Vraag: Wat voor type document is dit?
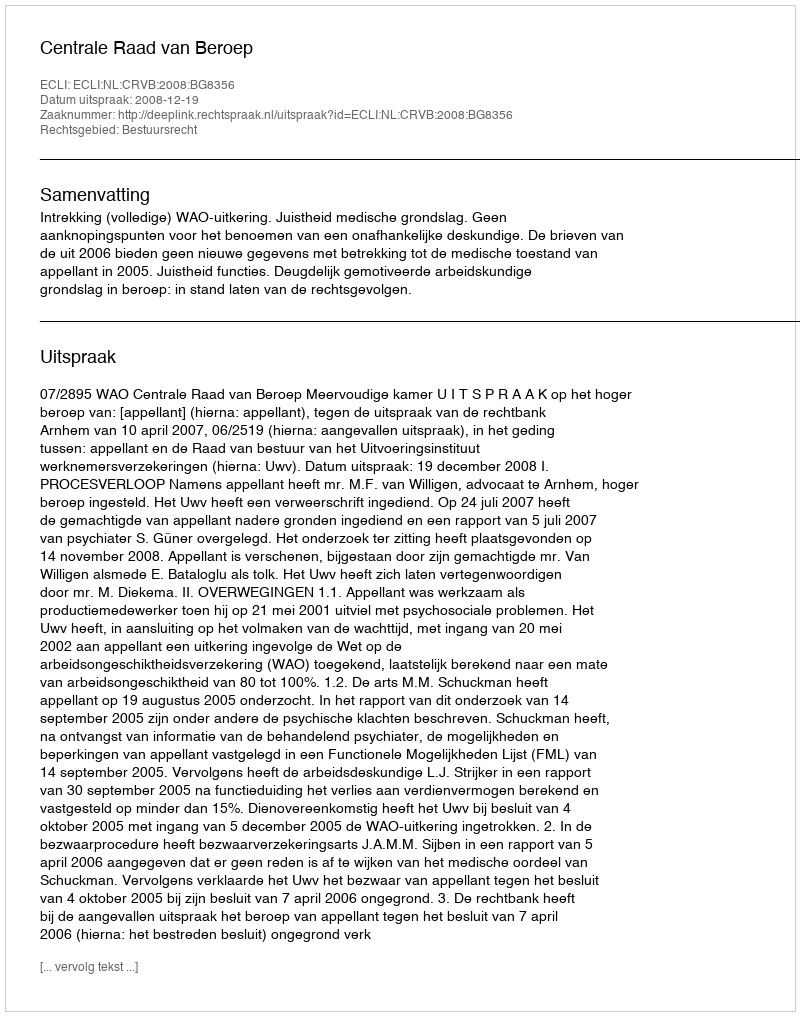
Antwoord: Uitspraak